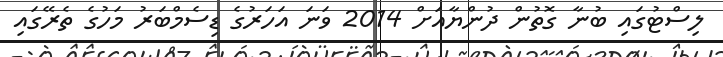
ލިސްޓުގައި ބުނާ ގޮތުން ދުންޔާއަށް 2014 ވަނަ އަހަރުގެ ޑިސެމްބަރު މަހުގެ ތެރޭގައި